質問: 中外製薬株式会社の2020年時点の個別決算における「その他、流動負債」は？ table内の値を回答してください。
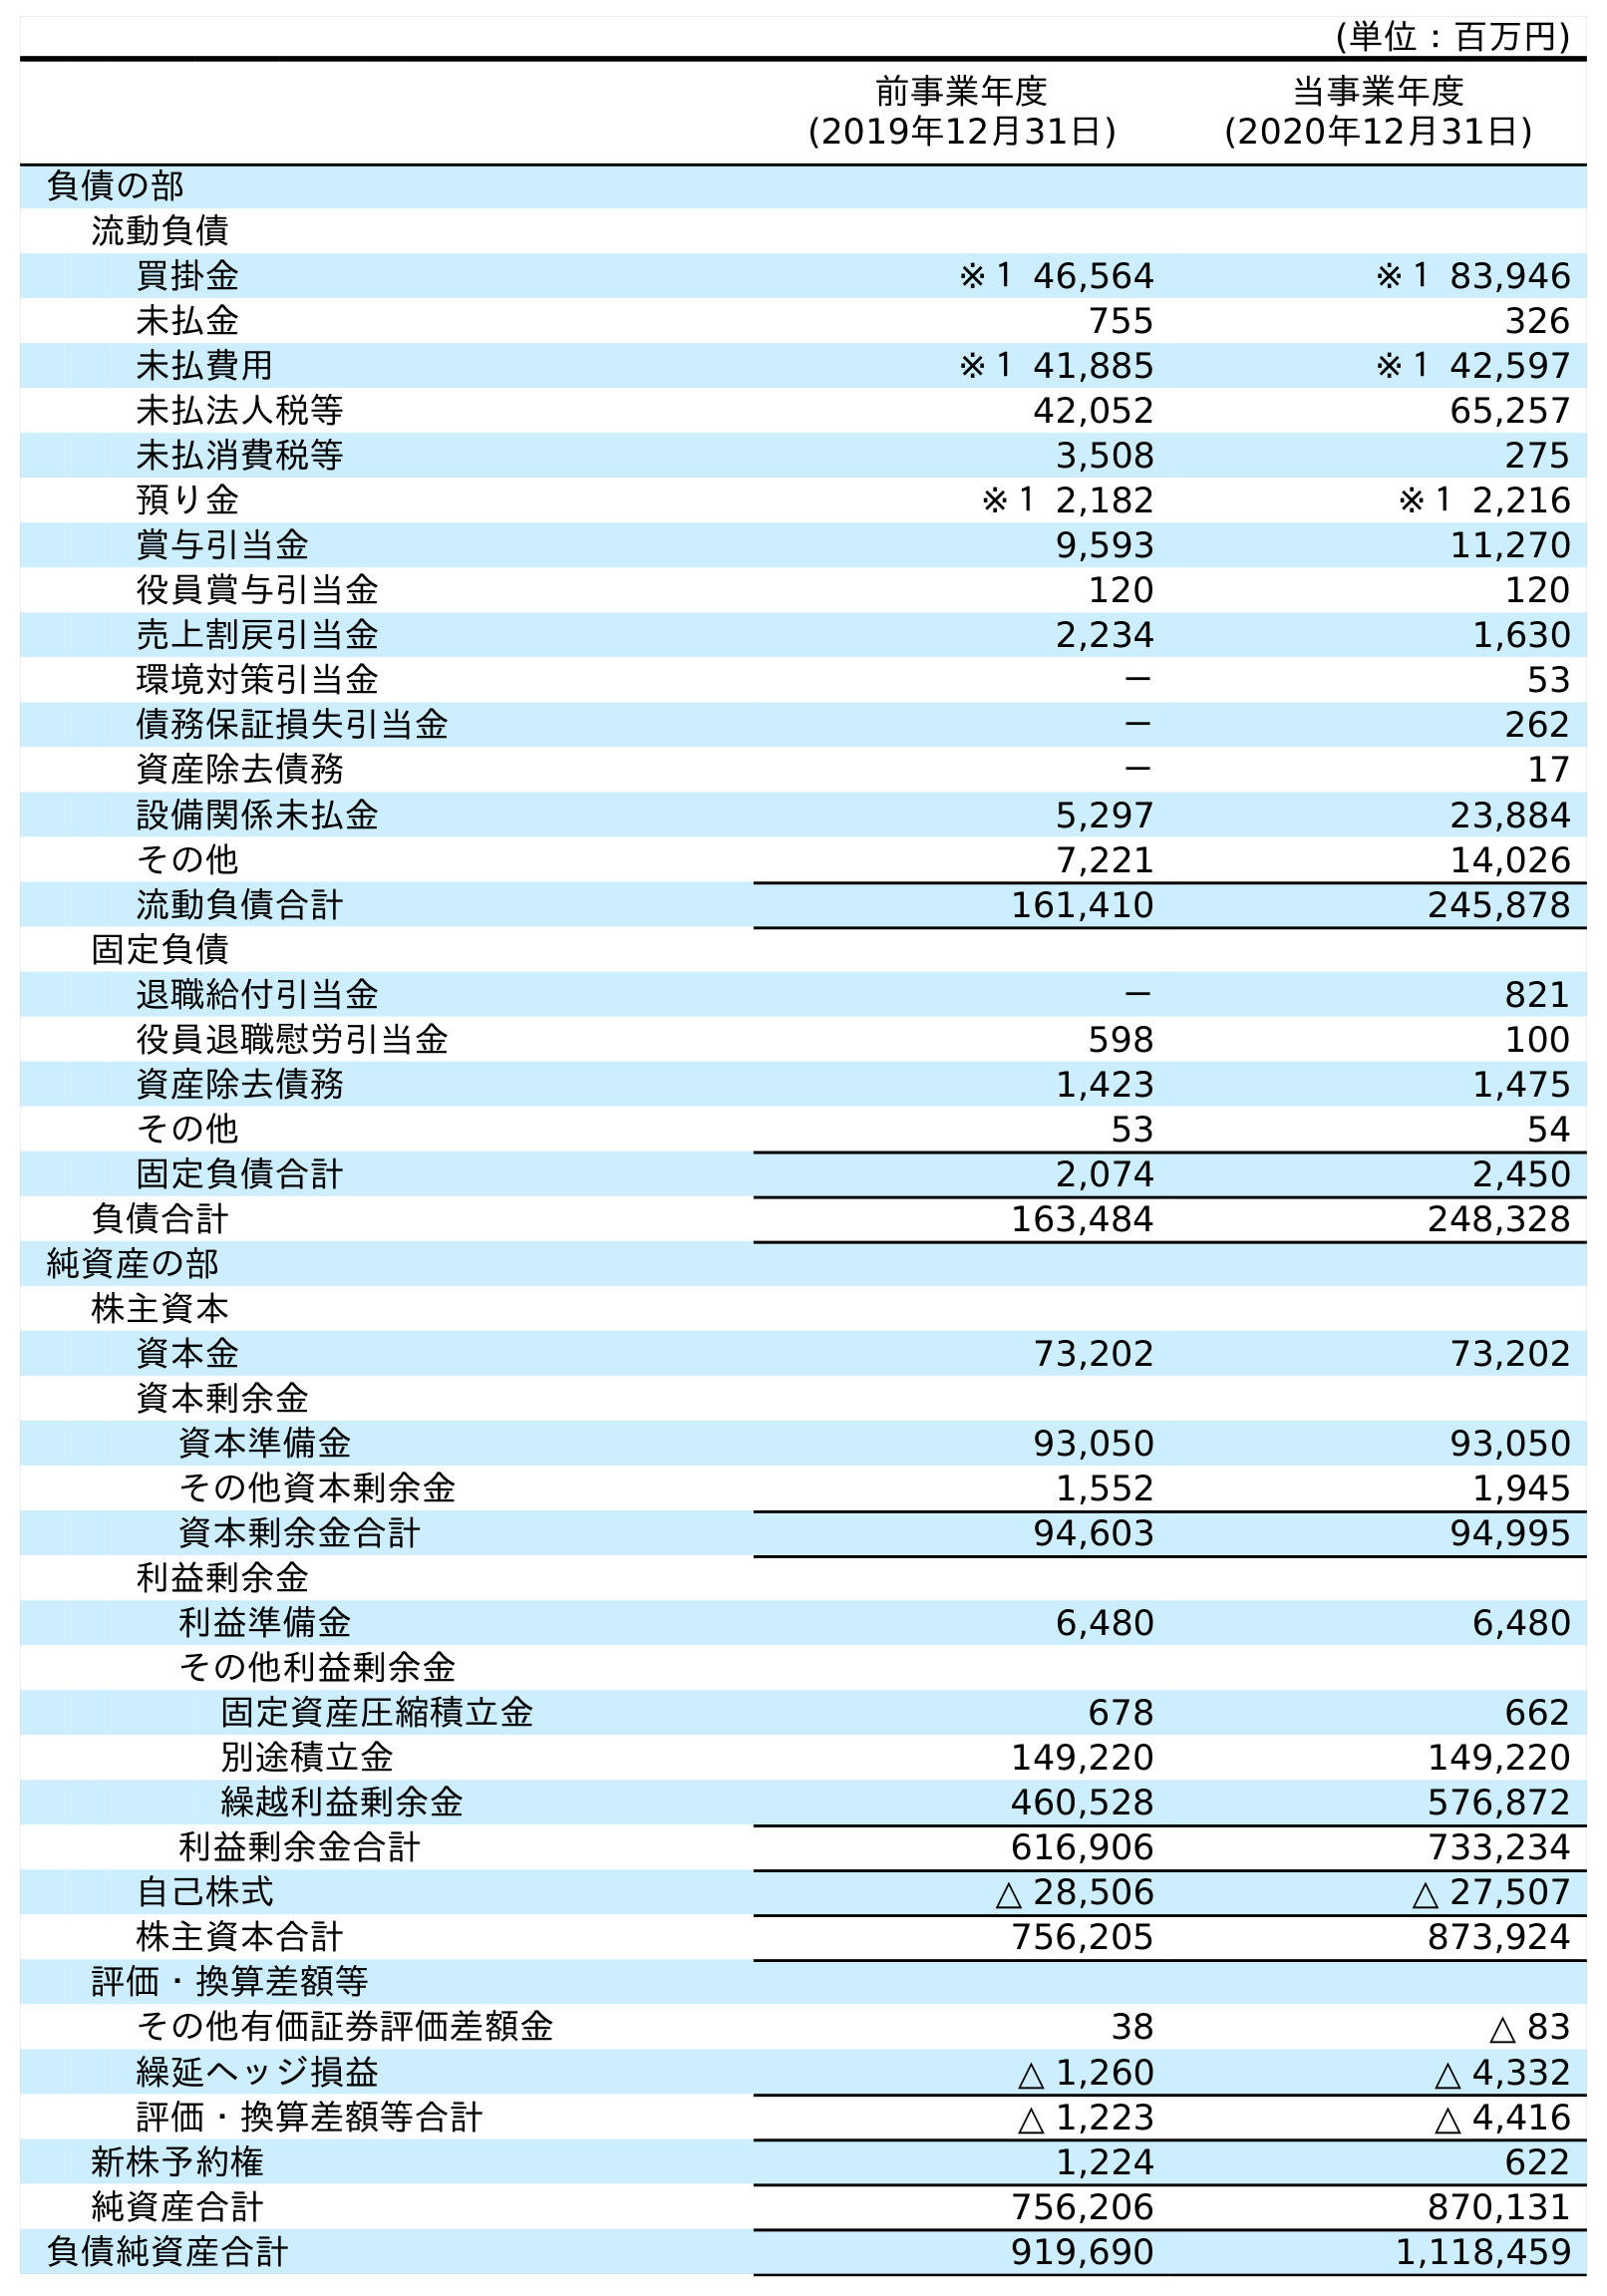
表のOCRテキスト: (単位：百万円) 前事業年度 (2019年12月31日) 当事業年度 (2020年12月31日) 負債の部 流動負債 買掛金 ※１ 46,564 ※１ 83,946 未払金 755 326 未払費用 ※１ 41,885 ※１ 42,597 未払法人税等 42,052 65,257 未払消費税等 3,508 275 預り金 ※１ 2,182 ※１ 2,216 賞与引当金 9,593 11,270 役員賞与引当金 120 120 売上割戻引当金 2,234 1,630 環境対策引当金 － 53 債務保証損失引当金 － 262 資産除去債務 － 17 設備関係未払金 5,297 23,884 その他 7,221 14,026 流動負債合計 161,410 245,878 固定負債 退職給付引当金 － 821 役員退職慰労引当金 598 100 資産除去債務 1,423 1,475 その他 53 54 固定負債合計 2,074 2,450 負債合計 163,484 248,328 純資産の部 株主資本 資本金 73,202 73,202 資本剰余金 資本準備金 93,050 93,050 その他資本剰余金 1,552 1,945 資本剰余金合計 94,603 94,995 利益剰余金 利益準備金 6,480 6,480 その他利益剰余金 固定資産圧縮積立金 678 662 別途積立金 149,220 149,220 繰越利益剰余金 460,528 576,872 利益剰余金合計 616,906 733,234 自己株式 △ 28,506 △ 27,507 株主資本合計 756,205 873,924 評価・換算差額等 その他有価証券評価差額金 38 △ 83 繰延ヘッジ損益 △ 1,260 △ 4,332 評価・換算差額等合計 △ 1,223 △ 4,416 新株予約権 1,224 622 純資産合計 756,206 870,131 負債純資産合計 919,690 1,118,459
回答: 14,026